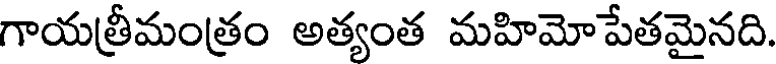
గాయత్రీమంత్రం అత్యంత మహిమోపేతమైనది.